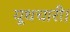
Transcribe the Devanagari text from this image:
यूथचारी।